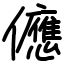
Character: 㒣